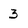
Character: 3